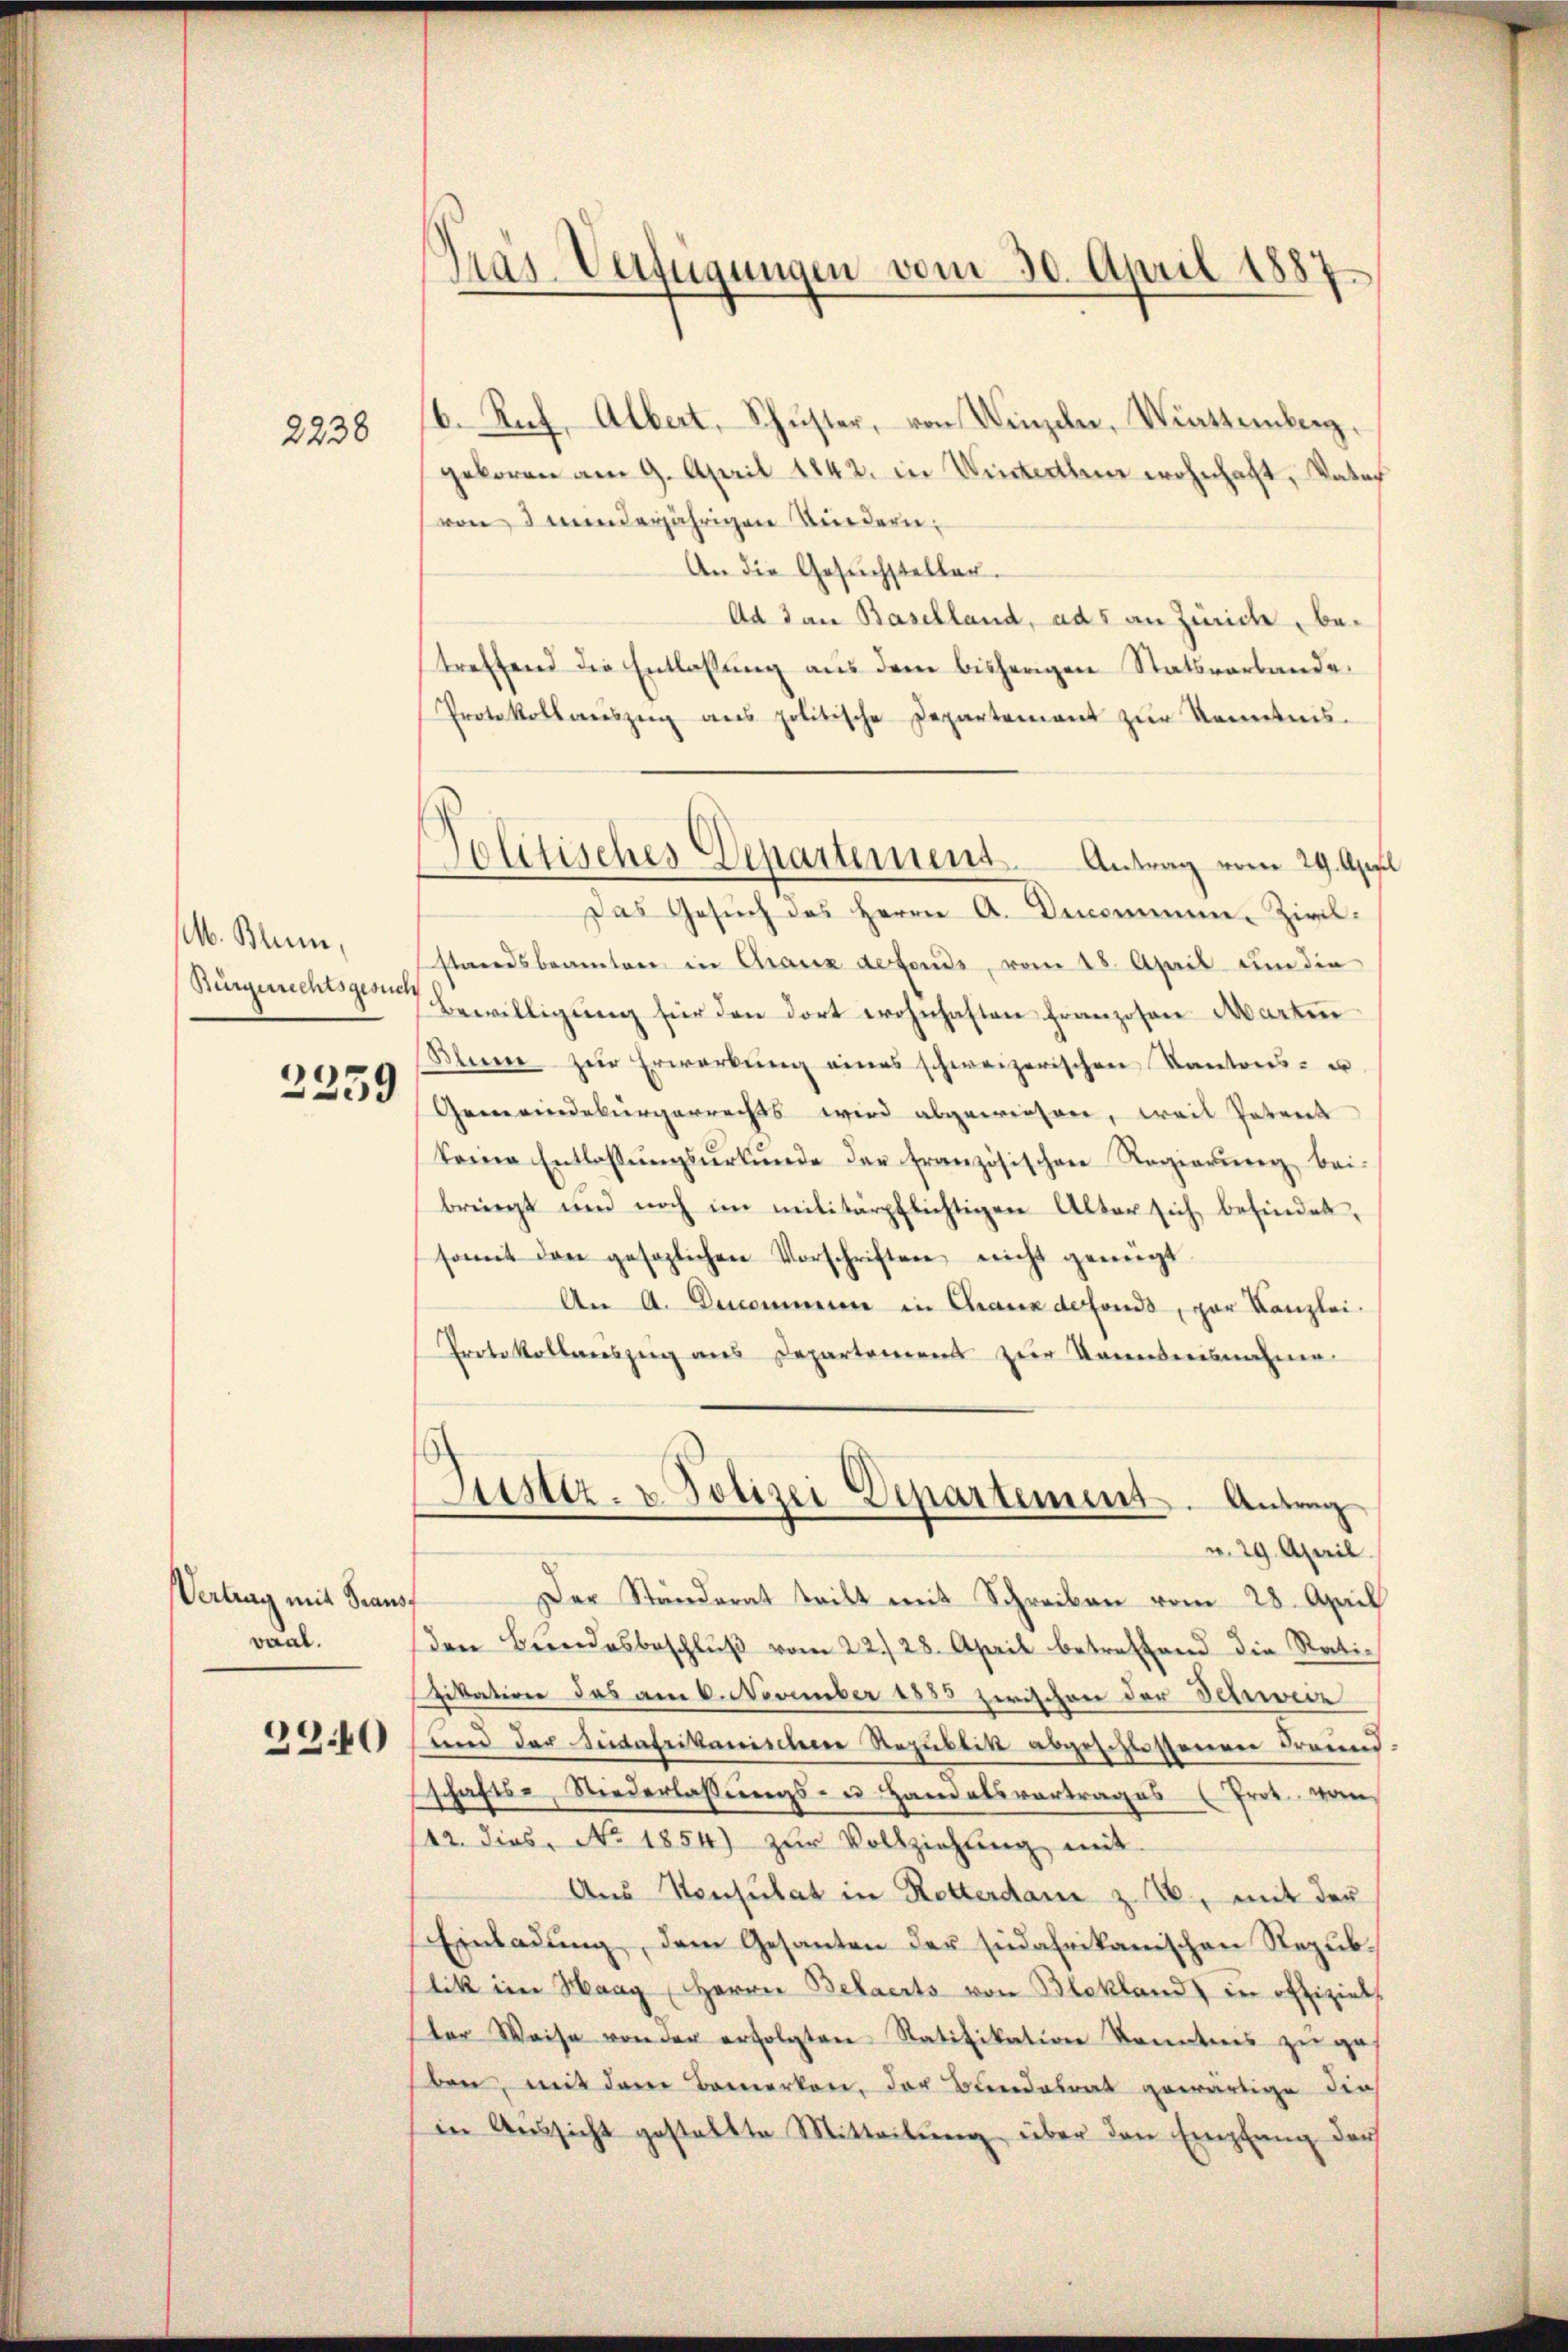
2238

M. Blum,

2359

Vertrag mit Graus.
vaal.

2340

Präs. Verfügungen vom 30. April 1887.

b. Ruf. Albert, Schuster, von Winzeln, Wittemberg.
geboren am 9. April 1842. in Winterthen wohnhaft, Vataf
von 3 minderjährigen Kindern;
An die Gesŭchsteller.
Ad 3 an Baselland, ads an Zürich, betreffend die Entlassung aus dem bisherigen Statsverbande
Protokollaŭszŭg ans politische Departement zŭr Kenntnis.
Das Gesŭch des Herrn A. Denommen-Zivil-
standsbeamten in Chaux defonds, vom 28. April um die
Bürgerichtsgemit Bewilligŭng für den dort wohnhaften franzosen Marten
Blume zur Erwerbŭng eines schweizerischen Kantons- u
Gemeindebürgerrechts wird abgewiesen, weil Petent
keine Entlassŭngsŭrkŭnde der französischen Regierŭng bei-
bringt und noch im militärpflichtigen Alter sich befindet,
somit den gesezlichen Vorschriften nicht genügt.
An A. Denommen in Chaux defonds, par Kanzlei.
Protokollenszeig aus Departement zur Kenntnisnahme
Jüster- u Polizei Departement. Antrag
v. 29. April.
Der Ständerat teilt mit Schreiben vom 28. April
den Bŭndesbeschlŭβ vom 22./28. April betreffend die Ratiitation das am 6. November 1835 zwischen der Schweiz
und der Sudafrikanischen Republik abgeschlossenen Freund-
schafts-, Niederlassungs- u. Handelsvortrages Prot. vom
142. dies No. 1854) zŭr Vollziehŭng mit
An Konsulat in Rotterdan z. B., mit der
Einladung, dem Gesanten der Eidafrikanischen Repubtik im Haag (Herrn Belaerts von Blekland in offiziel
tor Weise von der erfolgten Ratifikation Kenntnis zŭ ge-
ben, mit dem Bemerken, der Bundesrat gewärtige dies
in Aŭssicht gestellte Mitteilŭng über den Empfang der

Politisches Departement. Antrag vom 29. Appl